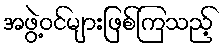
အဖွဲ့ဝင်များဖြစ်ကြသည့်